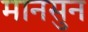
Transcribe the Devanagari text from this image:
मानसुन